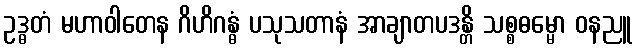
ဥဒ္ဓတံ မဟာဝါတေန ဂိဟိဂန္ဓံ ပသုသတာနံ အာချာတပဒန္တိ သစ္စဓမ္မော ဝနညူ